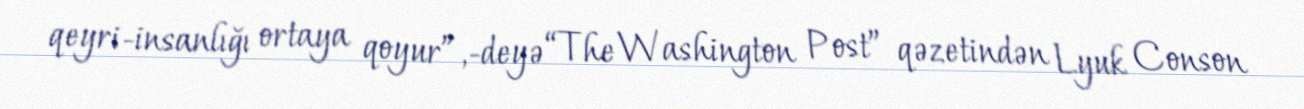
qeyri-insanlığı ortaya qoyur”,-deyə “The Washington Post” qəzetindən Lyuk Conson